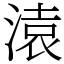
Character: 溒